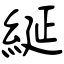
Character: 綖